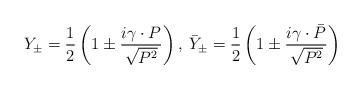
LaTeX: \begin{align*}Y_\pm=\frac12\left(1\pm\frac{i\gamma\cdot P}{\sqrt{P^2}}\right),\hspace{1 mm}\bar{Y}_\pm=\frac12\left(1\pm\frac{i\gamma\cdot \bar{P}}{\sqrt{P^2}}\right)\end{align*}